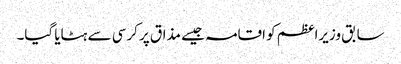
سابق وزیراعظم کو اقامہ جیسے مذاق پر کرسی سے ہٹایا گیا۔